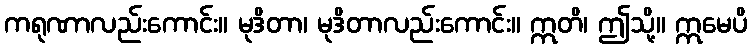
ကရုဏာလည်းကောင်း။ မုဒိတာ၊ မုဒိတာလည်းကောင်း။ ဣတိ၊ ဤသို့။ ဣမေပိ